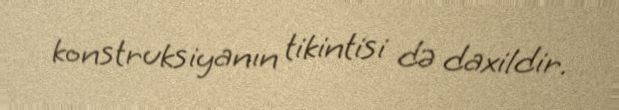
konstruksiyanın tikintisi də daxildir.